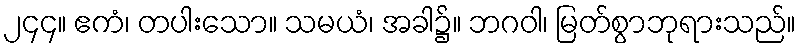
၂၄၄။ ဧကံ၊ တပါးသော။ သမယံ၊ အခါ၌။ ဘဂဝါ၊ မြတ်စွာဘုရားသည်။